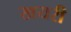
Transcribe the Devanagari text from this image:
खयरी